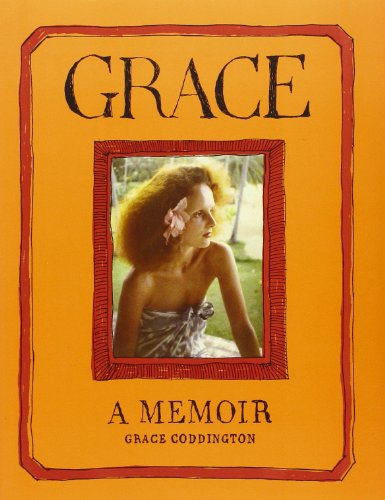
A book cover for Grace: A Memoir; Grace Coddington; Arts & Photography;